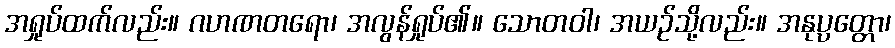
အရှုပ်ထက်လည်း။ ဂဟဏတရော၊ အလွန်ရှုပ်၏။ သောတဝါ၊ အယဉ်သို့လည်း။ အနုပ္ပတ္တော၊